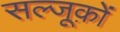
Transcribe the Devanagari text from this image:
सल्जूक़ों